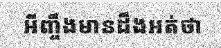
អីញ្ចឹងមានដឹងអត់ថា